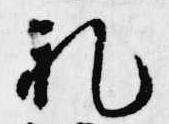
礼